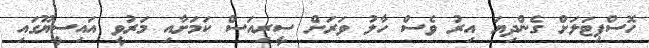
ހޮސްޕިޓަލަށް ގެންދިޔަ އިރު ވެސް ހާލު ވަރަށް ސީރިއަސް ކަމަށާއި މަރުވީ އައިސީޔޫގައި